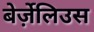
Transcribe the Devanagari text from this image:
बेर्ज़ेलिउस